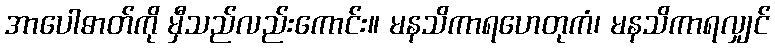
အာပေါဓာတ်ကို မှီသည်လည်းကောင်း။ မနသိကာရဟေတုကံ၊ မနသိကာရလျှင်